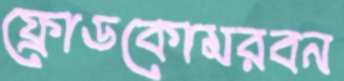
ফ্রোডকোমরবন